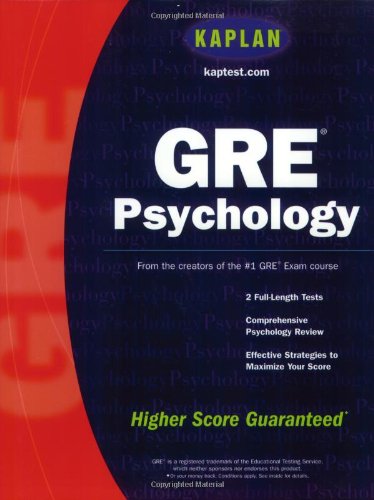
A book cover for Kaplan GRE Psychology; Kaplan; Test Preparation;